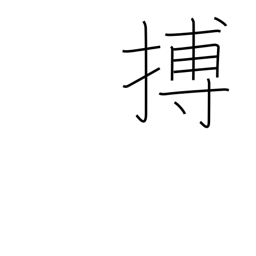
Meaning: spring upon